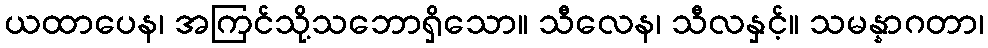
ယထာပေန၊ အကြင်သို့သဘောရှိသော။ သီလေန၊ သီလနှင့်။ သမန္နာဂတာ၊